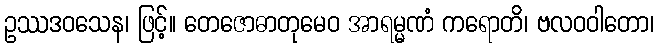
ဥဿဒဝသေန၊ ဖြင့်။ တေဇောဓာတုမေဝ အာရမ္မဏံ ကရောတိ၊ ဗလဝဝါတော၊